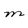
Character: M